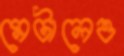
মেটালেও